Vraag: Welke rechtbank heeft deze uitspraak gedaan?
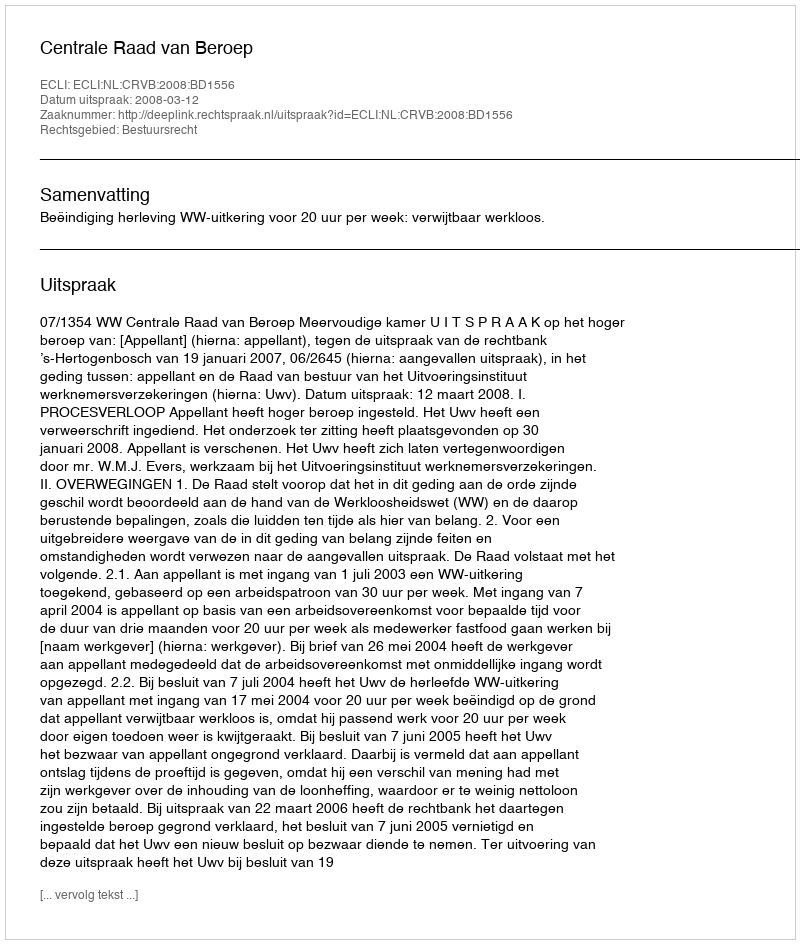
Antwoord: Centrale Raad van Beroep